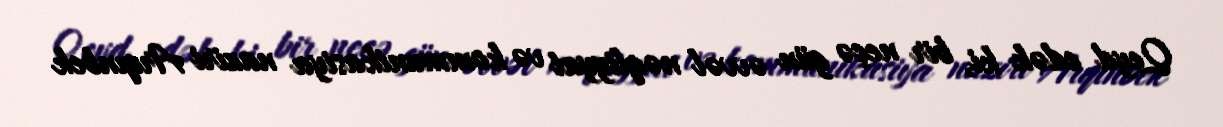
Qeyd edək ki, bir neçə gün əvvəl nəqliyyat və kommunikasiya naziri Arqınbek